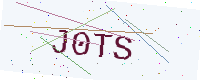
Text: J0TS